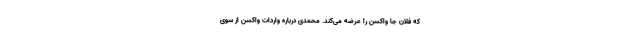
که فلان جا واکسن را عرضه می‌کند. محمدی درباره واردات واکسن از سوی